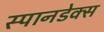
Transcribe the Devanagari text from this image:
स्पानडेक्स